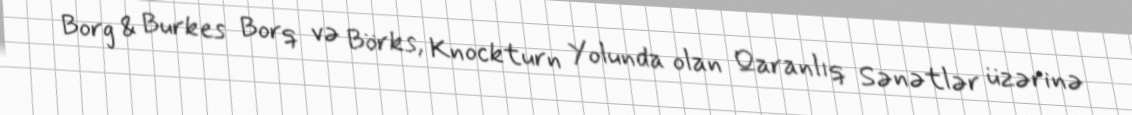
Borg & Burkes Borq və Börks, Knockturn Yolunda olan Qaranlıq Sənətlər üzərinə